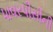
પાવરપીસીની